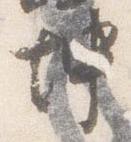
坤